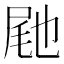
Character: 𭕟